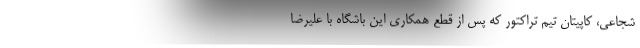
شجاعی، کاپیتان تیم تراکتور که پس از قطع همکاری این باشگاه با علیرضا